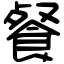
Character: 餐